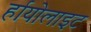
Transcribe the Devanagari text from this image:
र्हायोलाइट